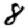
Digit: 8